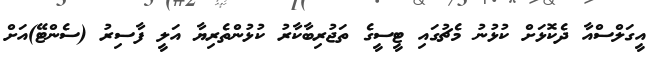
އީގަލްސްއާ ދެކޮޅަށް ކުޅުނު މެޗުގައި ޓީސީގެ ތަޖުރިބާކާރު ކުޅުންތެރިޔާ އަލީ ފާސިރު (ސެންޓޭ)އަށް